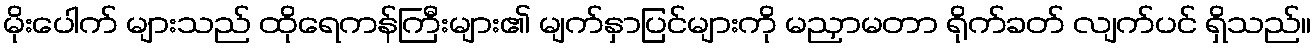
မိုးပေါက် များသည် ထိုရေကန်ကြီးများ၏ မျက်နှာပြင်များကို မညှာမတာ ရိုက်ခတ် လျက်ပင် ရှိသည်။